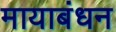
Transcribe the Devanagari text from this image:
मायाबंधन